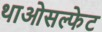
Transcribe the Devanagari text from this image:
थाओसल्फेट